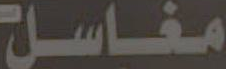
مغاسل